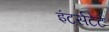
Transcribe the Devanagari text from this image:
इंटर्सटेट